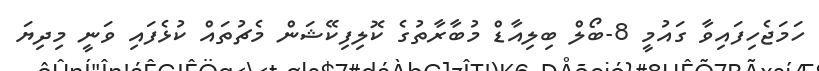
ހަމަޖެހިފައިވާ ގައުމީ 8-ބޯލް ބިލިއާޑް މުބާރާތުގެ ކޮލިފިކޭޝަން މެޗުތައް ކުޅެފައި ވަނީ މިދިޔަ